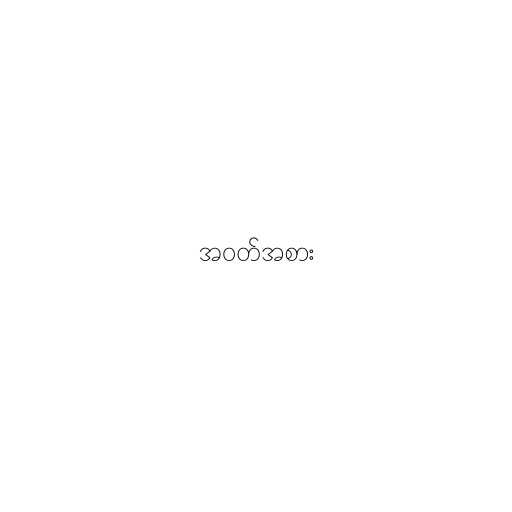
အဝတ်အစား